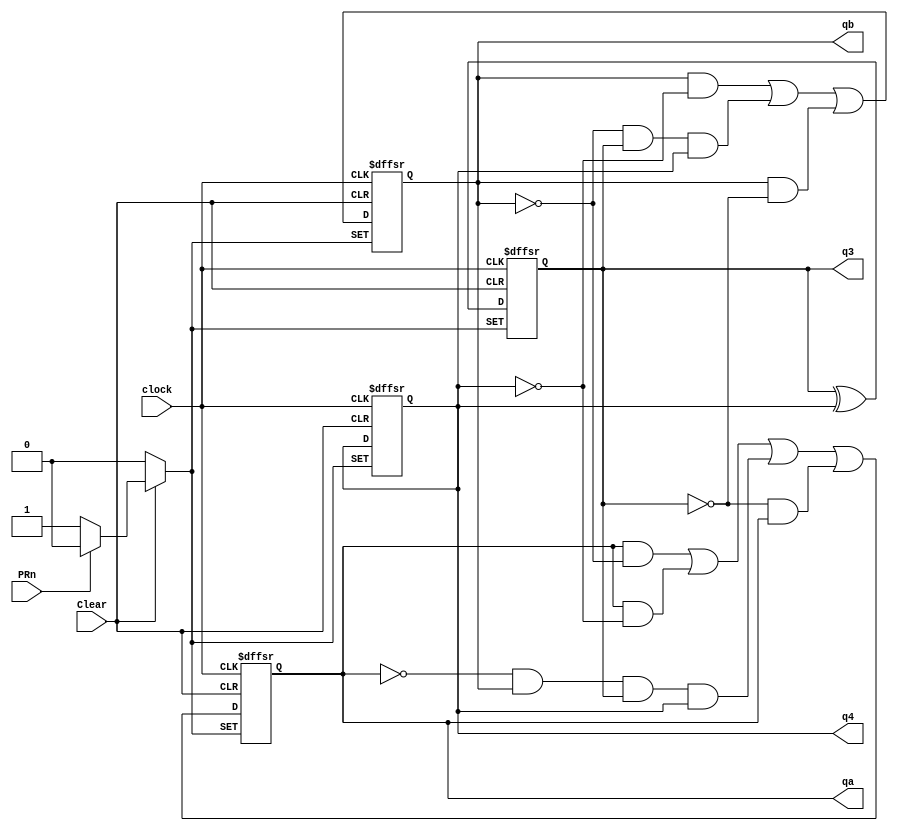
// Copyright (C) 2018  Intel Corporation. All rights reserved.
// Your use of Intel Corporation's design tools, logic functions 
// and other software and tools, and its AMPP partner logic 
// functions, and any output files from any of the foregoing 
// (including device programming or simulation files), and any 
// associated documentation or information are expressly subject 
// to the terms and conditions of the Intel Program License 
// Subscription Agreement, the Intel Quartus Prime License Agreement,
// the Intel FPGA IP License Agreement, or other applicable license
// agreement, including, without limitation, that your use is for
// the sole purpose of programming logic devices manufactured by
// Intel and sold by Intel or its authorized distributors.  Please
// refer to the applicable agreement for further details.

// PROGRAM		"Quartus Prime"
// VERSION		"Version 18.1.0 Build 625 09/12/2018 SJ Standard Edition"
// CREATED		"Thu Jul 02 15:31:09 2020"

module question2a(
	clock,
	Clear,
	PRn,
	qa,
	qb,
	q3,
	q4
);


input wire	clock;
input wire	Clear;
input wire	PRn;
output wire	qa;
output wire	qb;
output wire	q3;
output wire	q4;

wire	SYNTHESIZED_WIRE_0;
reg	SYNTHESIZED_WIRE_17;
wire	SYNTHESIZED_WIRE_18;
wire	SYNTHESIZED_WIRE_19;
wire	SYNTHESIZED_WIRE_3;
wire	SYNTHESIZED_WIRE_4;
wire	SYNTHESIZED_WIRE_5;
wire	SYNTHESIZED_WIRE_6;
wire	SYNTHESIZED_WIRE_7;
wire	SYNTHESIZED_WIRE_8;
wire	SYNTHESIZED_WIRE_9;
wire	SYNTHESIZED_WIRE_10;
reg	SYNTHESIZED_WIRE_20;
reg	SYNTHESIZED_WIRE_21;
wire	SYNTHESIZED_WIRE_22;
reg	SYNTHESIZED_WIRE_23;
wire	SYNTHESIZED_WIRE_15;
wire	SYNTHESIZED_WIRE_16;

assign	qa = SYNTHESIZED_WIRE_23;
assign	qb = SYNTHESIZED_WIRE_17;
assign	q3 = SYNTHESIZED_WIRE_20;
assign	q4 = SYNTHESIZED_WIRE_21;




always@(posedge clock or negedge Clear or negedge PRn)
begin
if (!Clear)
	begin
	SYNTHESIZED_WIRE_23 <= 0;
	end
else
if (!PRn)
	begin
	SYNTHESIZED_WIRE_23 <= 1;
	end
else
	begin
	SYNTHESIZED_WIRE_23 <= SYNTHESIZED_WIRE_0;
	end
end

assign	SYNTHESIZED_WIRE_9 = SYNTHESIZED_WIRE_17 & SYNTHESIZED_WIRE_18;

assign	SYNTHESIZED_WIRE_7 = SYNTHESIZED_WIRE_17 & SYNTHESIZED_WIRE_19;

assign	SYNTHESIZED_WIRE_0 = SYNTHESIZED_WIRE_3 | SYNTHESIZED_WIRE_4 | SYNTHESIZED_WIRE_5 | SYNTHESIZED_WIRE_6;

assign	SYNTHESIZED_WIRE_22 =  ~SYNTHESIZED_WIRE_17;

assign	SYNTHESIZED_WIRE_16 = SYNTHESIZED_WIRE_7 | SYNTHESIZED_WIRE_8 | SYNTHESIZED_WIRE_9;


always@(posedge clock or negedge Clear or negedge PRn)
begin
if (!Clear)
	begin
	SYNTHESIZED_WIRE_20 <= 0;
	end
else
if (!PRn)
	begin
	SYNTHESIZED_WIRE_20 <= 1;
	end
else
	begin
	SYNTHESIZED_WIRE_20 <= SYNTHESIZED_WIRE_10;
	end
end

assign	SYNTHESIZED_WIRE_10 = SYNTHESIZED_WIRE_20 ^ SYNTHESIZED_WIRE_21;

assign	SYNTHESIZED_WIRE_8 = SYNTHESIZED_WIRE_22 & SYNTHESIZED_WIRE_20 & SYNTHESIZED_WIRE_21;

assign	SYNTHESIZED_WIRE_18 =  ~SYNTHESIZED_WIRE_20;

assign	SYNTHESIZED_WIRE_3 = SYNTHESIZED_WIRE_23 & SYNTHESIZED_WIRE_22;


always@(posedge clock or negedge Clear or negedge PRn)
begin
if (!Clear)
	begin
	SYNTHESIZED_WIRE_21 <= 0;
	end
else
if (!PRn)
	begin
	SYNTHESIZED_WIRE_21 <= 1;
	end
else
	begin
	SYNTHESIZED_WIRE_21 <= SYNTHESIZED_WIRE_21;
	end
end

assign	SYNTHESIZED_WIRE_19 =  ~SYNTHESIZED_WIRE_21;

assign	SYNTHESIZED_WIRE_6 = SYNTHESIZED_WIRE_18 & SYNTHESIZED_WIRE_23;

assign	SYNTHESIZED_WIRE_4 = SYNTHESIZED_WIRE_23 & SYNTHESIZED_WIRE_19;

assign	SYNTHESIZED_WIRE_5 = SYNTHESIZED_WIRE_15 & SYNTHESIZED_WIRE_17 & SYNTHESIZED_WIRE_20 & SYNTHESIZED_WIRE_21;

assign	SYNTHESIZED_WIRE_15 =  ~SYNTHESIZED_WIRE_23;


always@(posedge clock or negedge Clear or negedge PRn)
begin
if (!Clear)
	begin
	SYNTHESIZED_WIRE_17 <= 0;
	end
else
if (!PRn)
	begin
	SYNTHESIZED_WIRE_17 <= 1;
	end
else
	begin
	SYNTHESIZED_WIRE_17 <= SYNTHESIZED_WIRE_16;
	end
end


endmodule